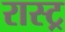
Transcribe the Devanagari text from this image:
रास्ट्र